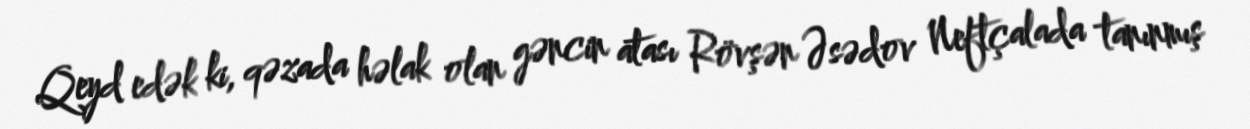
Qeyd edək ki, qəzada həlak olan gəncin atası Rövşən Əsədov Neftçalada tanınmış